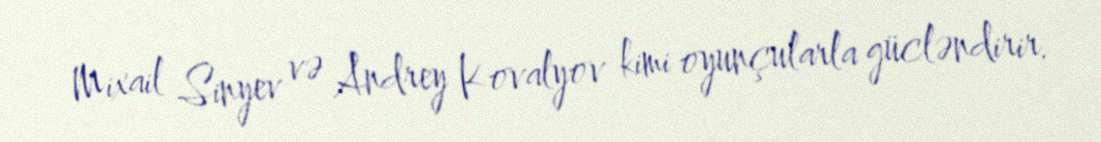
Mixail Sinyev və Andrey Kovalyov kimi oyunçularla gücləndirir.